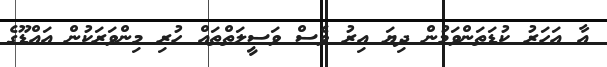
އާ އަހަރު ކުޑަތަންވަމުން ދިޔަ އިރު ވެސް ވަސީލަތްތައް ހުރި މިންވަރަކުން އައްޑޫގެ